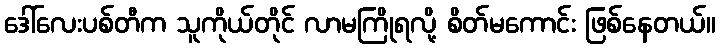
ဒေါ်လေးပစ်တီက သူကိုယ်တိုင် လာမကြိုရလို့ စိတ်မကောင်း ဖြစ်နေတယ်။